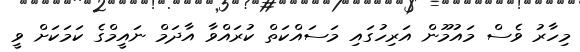
މިހާރު ވެސް މައުމޫން އަރިހުގައި މަސައްކަތް ކުރައްވާ އާދަމް ނައީމްގެ ކަމަކަށް ވީ